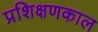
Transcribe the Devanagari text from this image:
प्रशिक्षणकाल